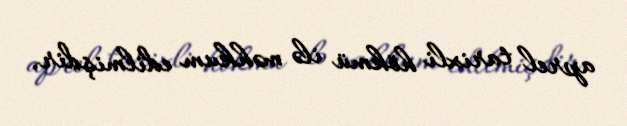
aprel tarixli hökmü ilə məhkum edilmişdir.